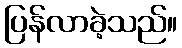
ပြန်လာခဲ့သည်။